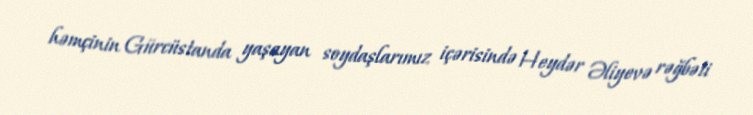
həmçinin Gürcüstanda yaşayan soydaşlarımız içərisində Heydər Əliyevə rəğbəti